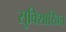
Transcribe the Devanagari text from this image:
सुविशाखित